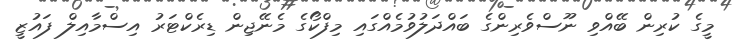
މީގެ ކުރިން ބޭއްވި ނޫސްވެރިންގެ ބައްދަލުވުމެއްގައި މިފްކޯގެ މެނޭޖިން ޑިރެކްޓަރު އިސްމާއިލް ފައުޒީ